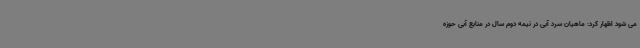
می شود اظهار کرد: ماهیان سرد آبی در نیمه دوم سال در منابع آبی حوزه